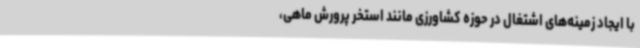
با ایجاد زمینه‌های اشتغال در حوزه کشاورزی مانند استخر پرورش ماهی،